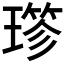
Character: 𤨤